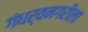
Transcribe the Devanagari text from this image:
गंधर्वनगरीला